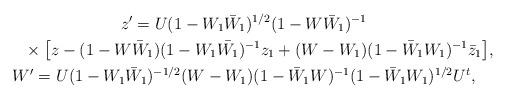
LaTeX: \begin{gather*}z'= U(1-W_1\bar{W}_1)^{1/2}(1-W\bar{W}_1)^{-1}\\\hphantom{z'= }{} \times \big[z-(1-W\bar{W}_1)(1-W_1\bar{W_1})^{-1}z_1 +(W-W_1)(1-\bar{W}_1W_1)^{-1}\bar{z}_1\big], \\ W' = U (1-W_1\bar{W}_1)^{-1/2}(W-W_1) (1-\bar{W}_1W)^{-1}(1-\bar{W}_1W_1)^{1/2}U^t, \end{gather*}